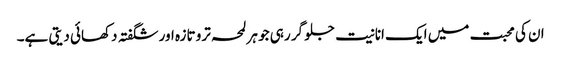
ان کی محبت میں ایک انانیت جلو گر رہی جو ہر لمحہ ترو تازہ اور شگفتہ دکھائی دیتی ہے۔